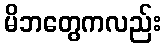
မိဘတွေကလည်း